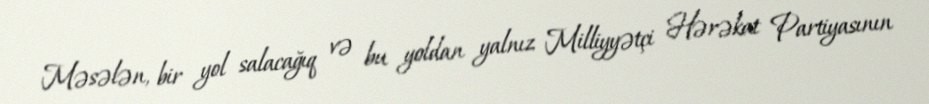
Məsələn, bir yol salacağıq və bu yoldan yalnız Milliyyətçi Hərəkat Partiyasının